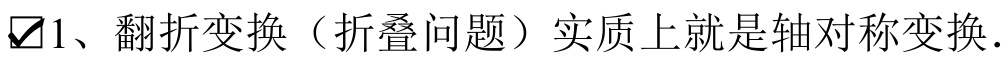
$\boxtimes$1、翻折变换（折叠问题）实质上就是轴对称变换．